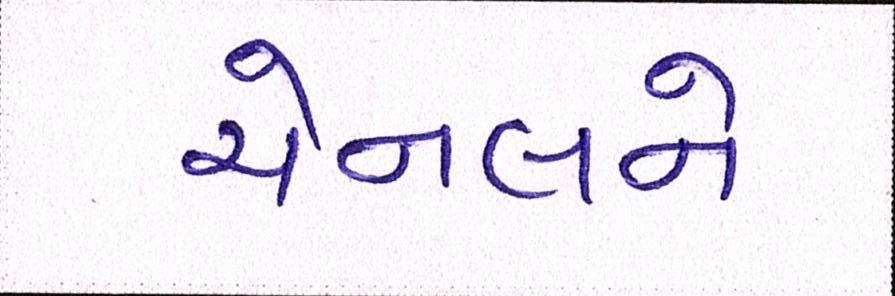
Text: ચેનલને